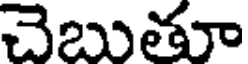
చెబుతూ